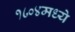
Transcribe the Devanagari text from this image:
१८०४मध्ये